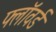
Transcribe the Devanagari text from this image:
फ्लॉवर्ड